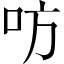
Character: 㕫